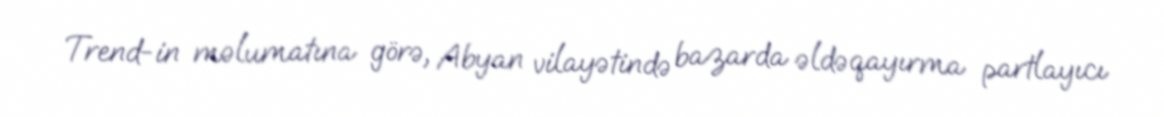
Trend-in məlumatına görə, Abyan vilayətində bazarda əldəqayırma partlayıcı